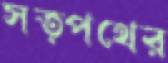
সত্পথের